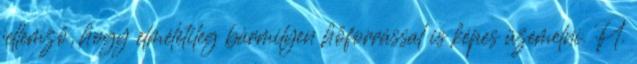
jellemző, hogy elméletileg bármilyen hőforrással is képes üzemelni. Pl.